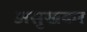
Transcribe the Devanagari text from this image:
असुखकर